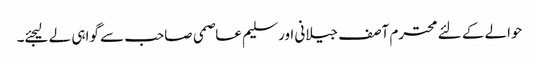
حوالے کے لئے محترم آصف جیلانی اور سلیم عاصمی صاحب سے گواہی لے لیجئے۔